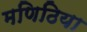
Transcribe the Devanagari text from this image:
मणिठिया